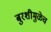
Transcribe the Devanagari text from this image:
बुरशीमुळेच